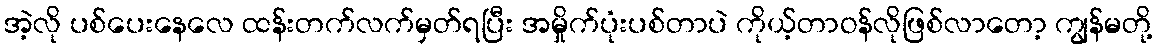
အဲ့လို ပစ်ပေးနေလေ ထန်းတက်လက်မှတ်ရပြီး အမှိုက်ပုံးပစ်တာပဲ ကိုယ့်တာဝန်လိုဖြစ်လာတော့ ကျွန်မတို့